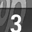
Digit: 3